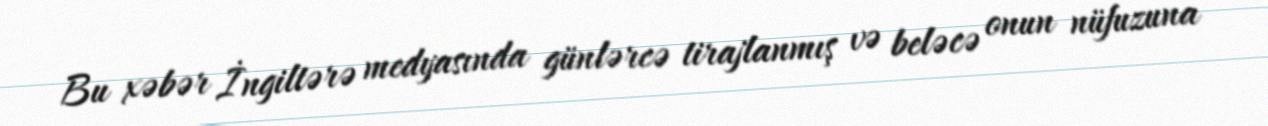
Bu xəbər İngiltərə medyasında günlərcə tirajlanmış və beləcə onun nüfuzuna